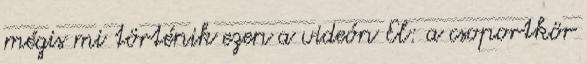
mégis mi történik ezen a videón El: a csoportkör